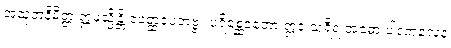
အသုဘနိမိတ္တံ ဣမသ္မိန္တိ ဝဝတ္ထပေတဗ္ဗံ။ ပရိစ္ဆေဒတော ဣဒံ သရီရံ အဓော ပါဒတလေန